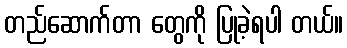
တည်ဆောက်တာ တွေကို ပြုခဲ့ရပါ တယ်။